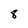
Character: 8